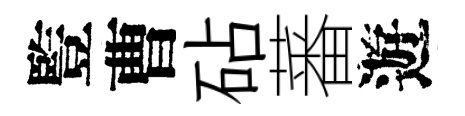
䜿曹砧蕃遊